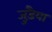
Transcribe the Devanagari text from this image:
जुड़ैया